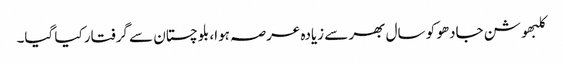
کلبھوشن جادھو کو سال بھر سے زیادہ عرصہ ہوا، بلوچستان سے گرفتار کیا گیا۔